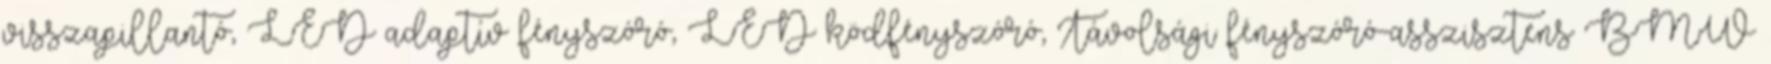
visszapillantó, LED adaptív fényszóró, LED ködfényszóró, Távolsági fényszóró-asszisztens BMW